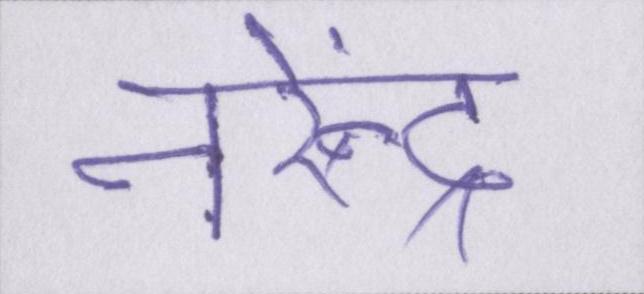
नरेंन्द्र